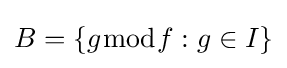
B=\lbrace g{\bmod {f}}:g\in I\rbrace